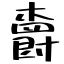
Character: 𣝣